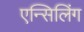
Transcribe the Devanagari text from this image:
एन्सिलिंग